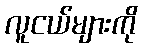
လူငယ်များကို